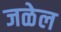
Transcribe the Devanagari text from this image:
जळेल